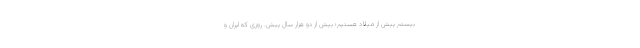
بیستم پیش از میلاد هستیم؛ بیش از دو هزار سال پیش. روزی که ایران و